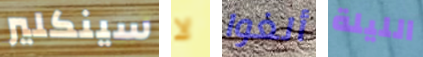
سينكلير لا ألغوا الليلة